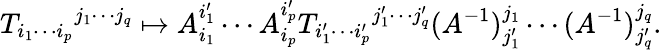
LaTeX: {T_{i_{1}\cdots i_{p}}}^{j_{1}\cdots j_{q}}\mapsto A_{i_{1}}^{i_{1}^{\prime}}\cdots A_{i_{p}}^{i_{p}^{\prime}}{T_{i_{1}^{\prime}\cdots i_{p}^{\prime}}}^{j_{1}^{\prime}\cdots j_{q}^{\prime}}(A^{-1})_{j_{1}^{\prime}}^{j_{1}}\cdots(A^{-1})_{j_{q}^{\prime}}^{j_{q}}.